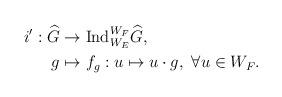
LaTeX: \begin{align*}\begin{aligned}i':\widehat{G}&\rightarrow \mathrm{Ind}_{W_E}^{W_F}\widehat{G},\\g&\mapsto f_g:u\mapsto u\cdot g,~\forall u\in W_F .\end{aligned}\end{align*}